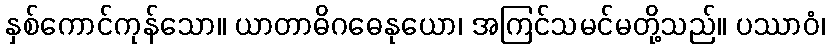
နှစ်ကောင်ကုန်သော။ ယာတာဓိဂဓေနုယော၊ အကြင်သမင်မတို့သည်။ ပဿာဝံ၊